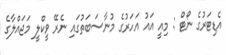
އެޑިޓަރުގެ ނޯޓް : މިއީ އައު އަހަރުގެ މުނާސަބަތުގައި ނެރޭ ވީކްލީ މަޖައްލާގެ